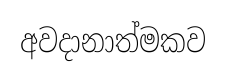
අවදානාත්මකව